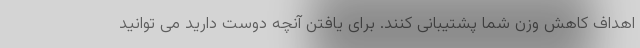
اهداف کاهش وزن شما پشتیبانی کنند. برای یافتن آنچه دوست دارید می توانید